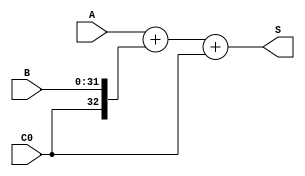
`timescale 1ns / 1ps
//////////////////////////////////////////////////////////////////////////////////
// Company: 
// Engineer: 
// 
// Design Name: 
// Module Name:    ADC32 
// Project Name: 
// Target Devices: 
// Tool versions: 
// Description: 
//
// Dependencies: 
//
// Revision: 
// Revision 0.01 - File Created
// Additional Comments: 
//
//////////////////////////////////////////////////////////////////////////////////
module ADC32(input [31:0] A, 
				 input [31:0] B, 
				 input C0,
				 output [32:0] S
				  );
				  
//wire B_Notation;

	wire B_Notation = C0 ^ 1'b0;	  
	assign S = {1'b0,A} + {B_Notation,B} + C0;

endmodule